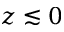
z \lesssim 0